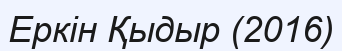
Еркін Қыдыр (2016)